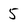
Character: 5